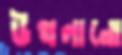
উথলানো